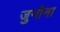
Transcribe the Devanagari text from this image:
जुनोना